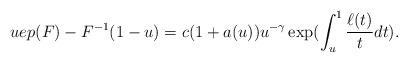
LaTeX: \begin{align*}uep(F)-F^{-1}(1-u)=c(1+a(u))u^{-\gamma }\exp (\int_{u}^{1}\frac{\ell (t)}{t}dt). \end{align*}